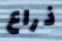
ذراع